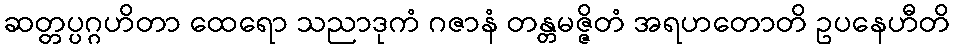
ဆတ္တပ္ပဂ္ဂဟိတာ ထေရော သညာဒုကံ ဂဇာနံ တန္တမဇ္ဇိတံ အရဟတောတိ ဥပနေဟီတိ